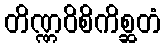
တိဏ္ဏဝိစိကိစ္ဆတံ